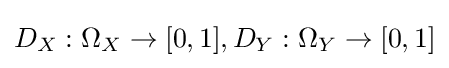
D_{X}:\Omega _{X}\to [0,1],D_{Y}:\Omega _{Y}\to [0,1]